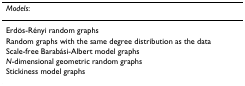
<table><thead><tr><td><b><i>Models</i>:</b></td></tr></thead><tbody><tr><td>Erdös-Rényi random graphs</td></tr><tr><td>Random graphs with the same degree distribution as the data</td></tr><tr><td>Scale-free Barabási-Albert model graphs</td></tr><tr><td><i>N</i>-dimensional geometric random graphs</td></tr><tr><td>Stickiness model graphs</td></tr></tbody></table>